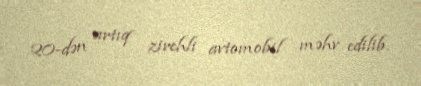
20-dən artıq zirehli avtomobil məhv edilib.